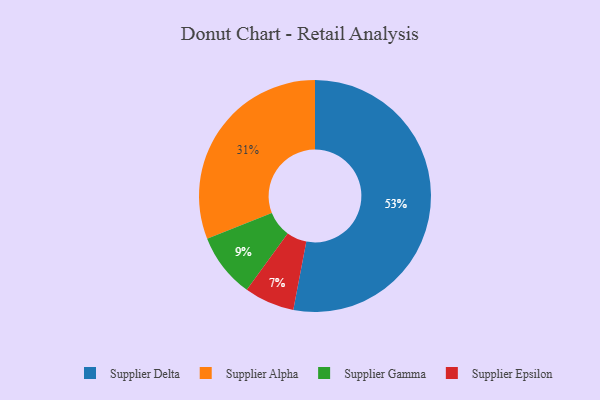
{"axis": {"x": "Category", "y": "Percentage"}, "legend": ["Supplier Alpha", "Supplier Delta", "Supplier Epsilon", "Supplier Gamma"], "data": [{"x": "Supplier Epsilon", "y": 7, "type": "Supplier Epsilon"}, {"x": "Supplier Gamma", "y": 9, "type": "Supplier Gamma"}, {"x": "Supplier Delta", "y": 53, "type": "Supplier Delta"}, {"x": "Supplier Alpha", "y": 31, "type": "Supplier Alpha"}]}